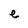
Character: e